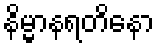
နိမ္မာနရတိနော